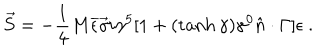
\vec { S } = - { \frac { 1 } { 4 } } M \overline { { { \epsilon } } } \vec { \gamma } i \gamma ^ { 5 } [ 1 + ( \tanh \gamma ) \gamma ^ { 0 } \hat { n } \cdot \Gamma ] \epsilon \ .